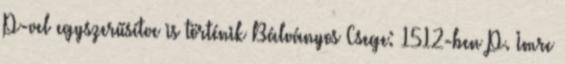
P-vel egyszerűsítve is történik Bálványos Csege: 1512-ben P. Imre